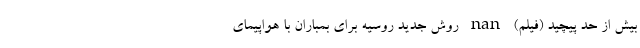
بیش از حد پیچید (فیلم) nan روش جدید روسیه برای بمباران با هواپیمای